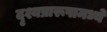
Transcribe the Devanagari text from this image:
दृश्यप्रारूपामध्ये